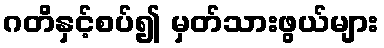
ဂတိနှင့်စပ်၍ မှတ်သားဖွယ်များ